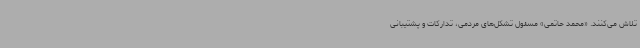
تلاش می‌کنند. «محمد حاتمی» مسئول تشکل‌های مردمی، تدارکات و پشتیبانی